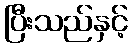
ပြီးသည်နှင့်